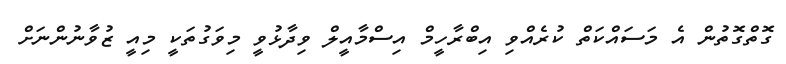
ގޮތްގޮތުން އެ މަސައްކަތް ކުރެއްވި އިބްރާހީމް އިސްމާއީލް ވިދާޅުވީ މިވަގުތަކީ މިއީ ޒުވާނުންނަށް